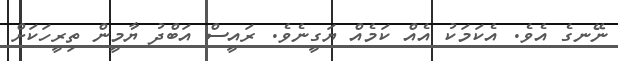
ނޭނގެ އެވެ. އެކަމަކު އެއް ކަމެއް ޔަގީނެވެ. ރައީސް އަބްދު ޔާމީން ތިރީހަކަށް